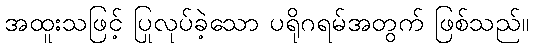
အထူးသဖြင့် ပြုလုပ်ခဲ့သော ပရိုဂရမ်အတွက် ဖြစ်သည်။